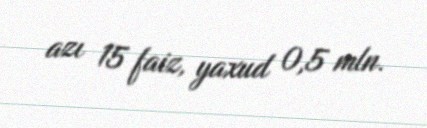
azı 15 faiz, yaxud 0,5 mln.